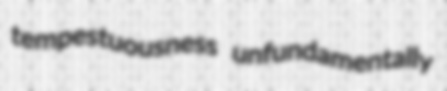
tempestuousness unfundamentally